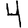
Digit: 4